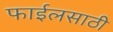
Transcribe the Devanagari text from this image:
फाईलसाठी